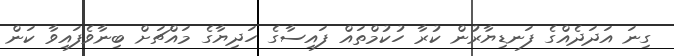
ގިނަ އަދަދެއްގެ ފަނޑިޔާރުން ކުރާ ހުކުމްތައް ފައިސާގެ ހަދިޔާގެ މައްޗަށް ބިނާވެފައިވާ ކަން